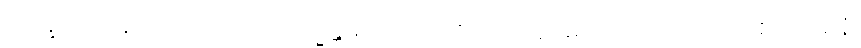
ဘိက္ခူ၊ ရဟန်းတို့သည်။ အာယသ္မန္တံမဟာကောဋ္ဌိကံ၊ အရှင်မဟာကောဋ္ဌိကကို။ ဧတံ ဝစနံ၊